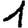
Digit: 1